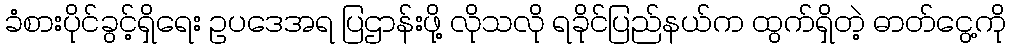
ခံစားပိုင်ခွင့်ရှိရေး ဥပဒေအရ ပြဌာန်းဖို့ လိုသလို ရခိုင်ပြည်နယ်က ထွက်ရှိတဲ့ ဓာတ်ငွေ့ကို